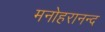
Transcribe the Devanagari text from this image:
मनोहरानन्द